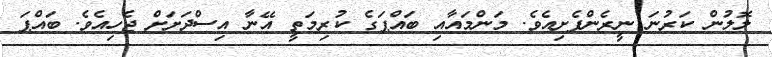
ލޮލުން ކަރުނަ ނީރެންފެށިއެވެ. މަންމައާއި ބައްޕަގެ ކުރިމަތީ އޭނާ އިސްދަށަށް ޖެހިއެވެ. ބައްޕަ